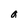
Character: a